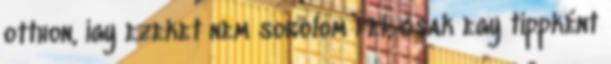
otthon, így ezeket nem sorolom fel, csak egy tippként